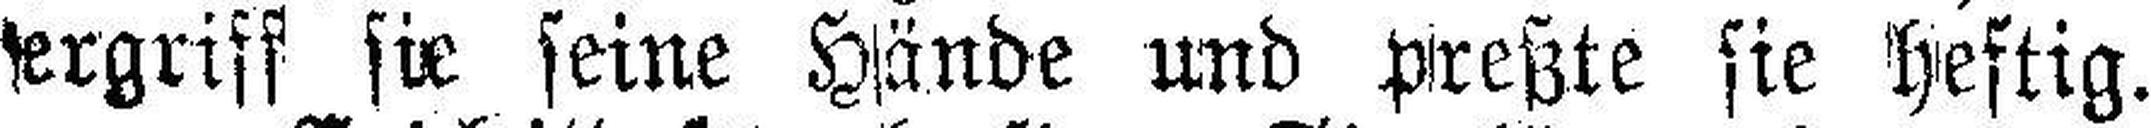
ergriff sie seine Hände und preßte sie heftig.